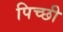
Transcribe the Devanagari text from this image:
पिच्छी